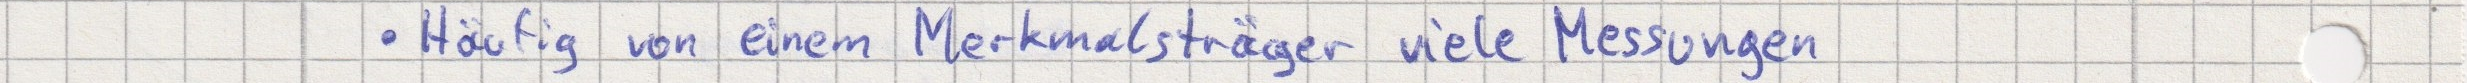
- Häufig von einem Merkmalsträger viele Messungen